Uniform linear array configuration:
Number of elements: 32
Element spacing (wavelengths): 0.75
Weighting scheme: cosine
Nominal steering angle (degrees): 45
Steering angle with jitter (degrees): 46.359
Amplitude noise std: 0.05
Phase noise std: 0.05

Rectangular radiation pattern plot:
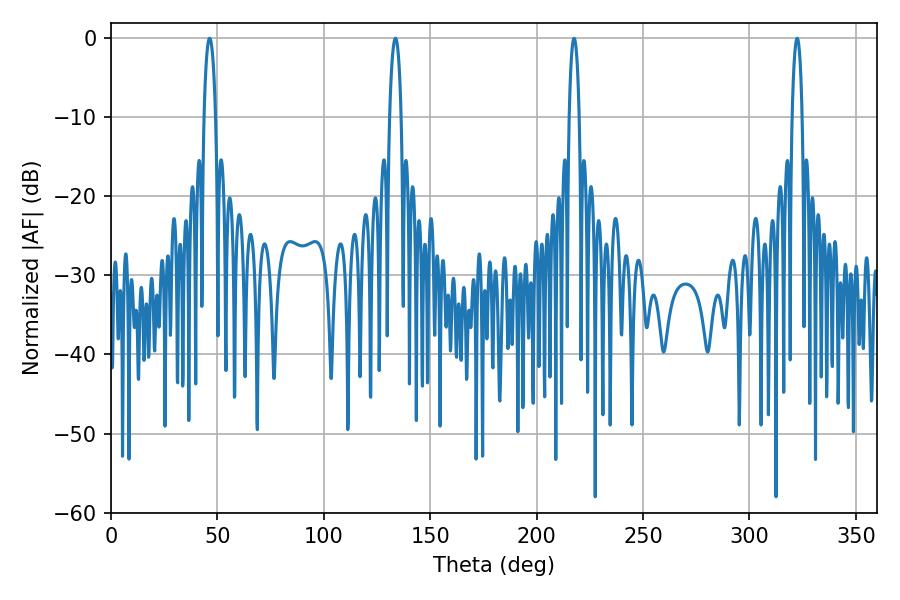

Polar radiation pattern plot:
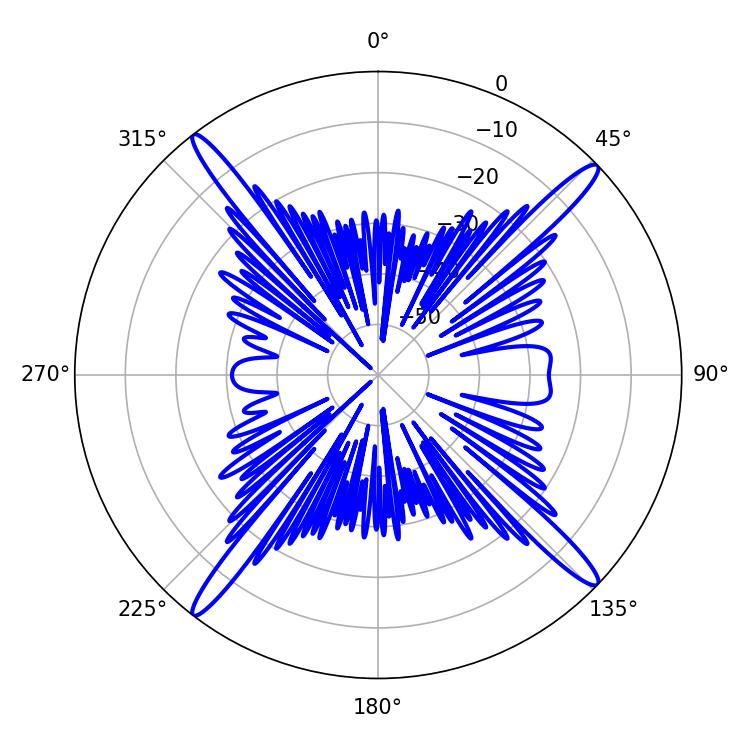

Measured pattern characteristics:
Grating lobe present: TRUE
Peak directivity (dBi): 19.25
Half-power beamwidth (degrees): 2.52
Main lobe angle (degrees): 217.62